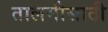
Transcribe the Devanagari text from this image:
तालमीसाठी